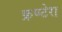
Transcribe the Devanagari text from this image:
फ्रण्टेरा